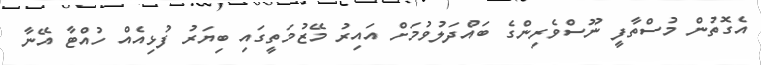
އެގޮތުން މުސްތާފީ ނޫސްވެރިންގެ ބައްދަލުވުމަށް އައިރު މޭޒުމަތީގައި ބިޔަރު ފުޅިއެއް ހުއްޓާ އޭނާ